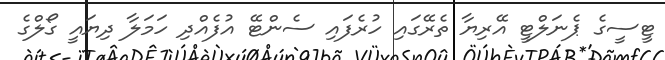
ޓީސީގެ ޕެނަލްޓީ އޭރިޔާ ތެރޭގައި ހުރެފައި ސެންޓޭ އުފެއްދި ހަމަލާ ދިޔައީ ގޯލްގެ